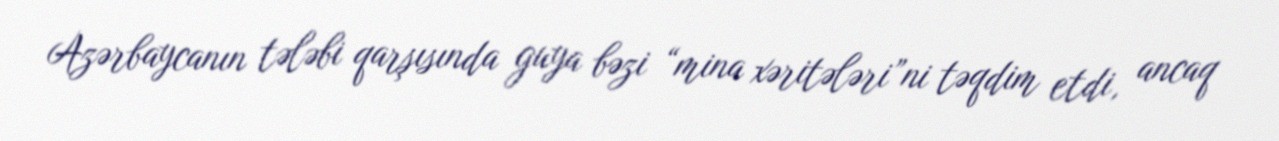
Azərbaycanın tələbi qarşısında guya bəzi “mina xəritələri”ni təqdim etdi, ancaq